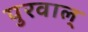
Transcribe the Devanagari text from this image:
पुरवाल्